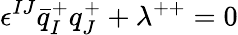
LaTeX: \epsilon^{IJ}\bar{q}_{I}^{+}q_{J}^{+}+\lambda^{++}=0